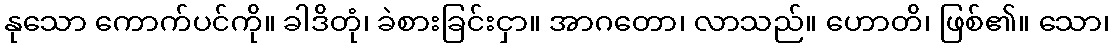
နုသော ကောက်ပင်ကို။ ခါဒိတုံ၊ ခဲစားခြင်းငှာ။ အာဂတော၊ လာသည်။ ဟောတိ၊ ဖြစ်၏။ သော၊